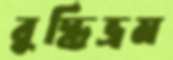
বুদ্ধিভ্রম